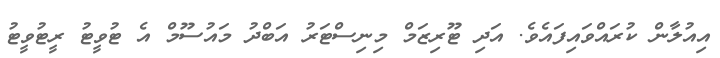
އިއުލާން ކުރައްވައިފައެވެ. އަދި ޓޫރިޒަމް މިނިސްޓަރު އަބްދު މައުސޫމް އެ ޓުވީޓު ރީޓުވީޓު